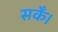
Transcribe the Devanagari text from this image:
सकेँ।